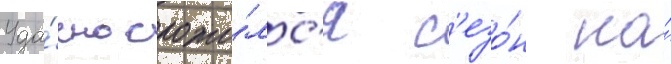
Уда́чно сложи́лс'я с'езо́н на́